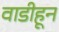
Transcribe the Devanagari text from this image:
वाडीहून